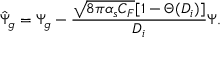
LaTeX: \hat { \Psi } _ { g } = \Psi _ { g } - { \frac { \sqrt { 8 \pi \alpha _ { s } C _ { F } } [ 1 - \Theta ( D _ { i } ) ] } { D _ { i } } } \Psi .